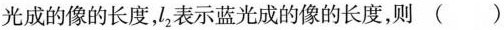
光成的像的长度，l_{2}表示蓝光成的像的长度，则 ()